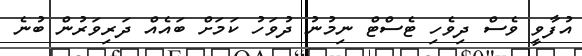
އުފާވީ ވެސް ދިވެހި ޓެސްޓް ނިމުނު ދުވަހު ކަމަށް ބައެއް ދަރިވަރުން ބުނެ